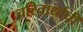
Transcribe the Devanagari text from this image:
चरितार्थाची